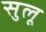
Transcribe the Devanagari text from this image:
सुलू